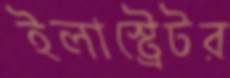
ইলাস্ট্রেটর